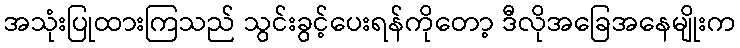
အသုံးပြုထားကြသည် သွင်းခွင့်ပေးရန်ကိုတော့ ဒီလိုအခြေအနေမျိုးက